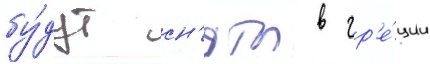
бу́дут сн'яты в гр'е́ции